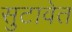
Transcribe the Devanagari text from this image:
सुटावेत